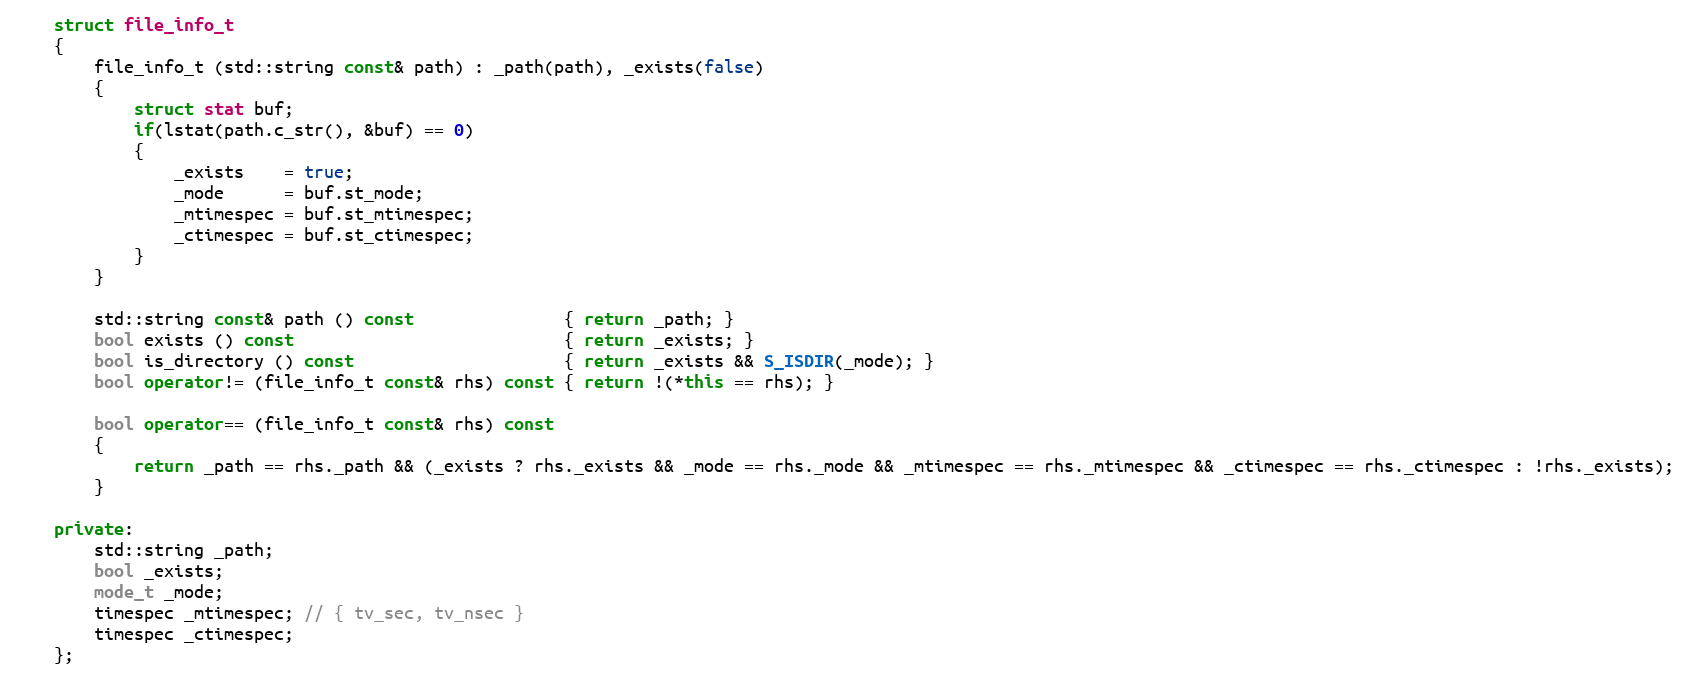
Language: C++
	struct file_info_t
	{
		file_info_t (std::string const& path) : _path(path), _exists(false)
		{
			struct stat buf;
			if(lstat(path.c_str(), &buf) == 0)
			{
				_exists    = true;
				_mode      = buf.st_mode;
				_mtimespec = buf.st_mtimespec;
				_ctimespec = buf.st_ctimespec;
			}
		}

		std::string const& path () const               { return _path; }
		bool exists () const                           { return _exists; }
		bool is_directory () const                     { return _exists && S_ISDIR(_mode); }
		bool operator!= (file_info_t const& rhs) const { return !(*this == rhs); }

		bool operator== (file_info_t const& rhs) const
		{
			return _path == rhs._path && (_exists ? rhs._exists && _mode == rhs._mode && _mtimespec == rhs._mtimespec && _ctimespec == rhs._ctimespec : !rhs._exists);
		}

	private:
		std::string _path;
		bool _exists;
		mode_t _mode;
		timespec _mtimespec; // { tv_sec, tv_nsec }
		timespec _ctimespec;
	};